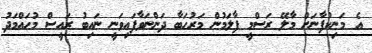
އެ މަނިކުފާނަށް މާލޭ ރަސްމީ ފާލަމުން މަރުހަބާ ދަންނަވާފައިވަނީ ނައިބު ރައީސް މުހައްމަދު